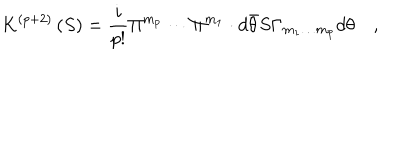
K ^ { \left( p + 2 \right) } \left( S \right) = \frac i { p ! } \Pi ^ { m _ { p } } \cdots \Pi ^ { m _ { 1 } } \cdot d \bar { \theta } S \Gamma _ { m _ { 1 } \ldots m _ { p } } d \theta \quad ,